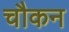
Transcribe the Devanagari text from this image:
चौकन